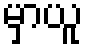
မှာယူ